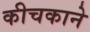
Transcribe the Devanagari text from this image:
कीचकाने